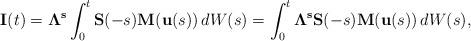
LaTeX: \begin{align*} \mathbf I(t) = \mathbf \Lambda^{\mathbf s} \int_0^t \mathbf S(-s) \mathbf M(\mathbf u(s)) \, dW(s) = \int_0^t \mathbf \Lambda^{\mathbf s} \mathbf S(-s) \mathbf M(\mathbf u(s)) \, dW(s),\end{align*}